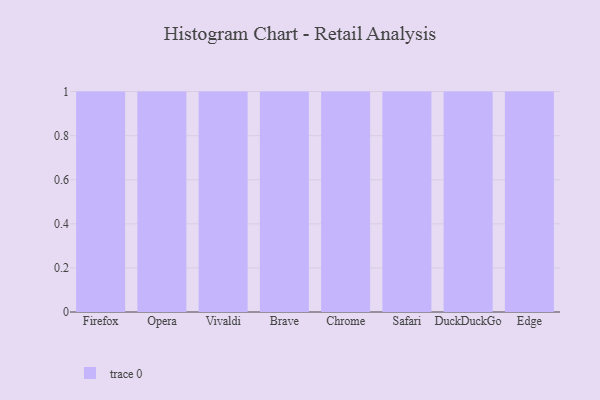
{"axis": {"x": "Browser", "y": "Shipments"}, "legend": [""], "data": [{"x": "Firefox", "y": 43, "type": ""}, {"x": "Opera", "y": 64, "type": ""}, {"x": "Vivaldi", "y": 3, "type": ""}, {"x": "Brave", "y": 18, "type": ""}, {"x": "Chrome", "y": 50, "type": ""}, {"x": "Safari", "y": 96, "type": ""}, {"x": "DuckDuckGo", "y": 30, "type": ""}, {"x": "Edge", "y": 83, "type": ""}]}